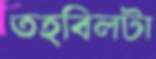
তহবিলটা